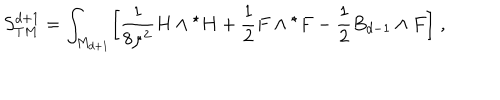
S _ { T M } ^ { d + 1 } = \int _ { M _ { d + 1 } } \Bigl [ { \frac { 1 } { 8 \mu ^ { 2 } } } H \wedge { } ^ { \star } H + { \frac { 1 } { 2 } } F \wedge { } ^ { \star } F - { \frac { 1 } { 2 } } B _ { d - 1 } \wedge F \Bigl ] \; ,